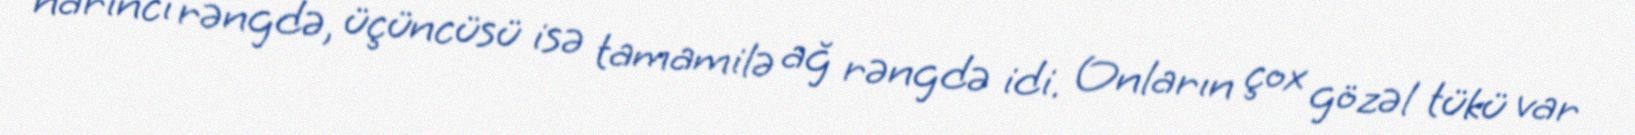
narıncı rəngdə, üçüncüsü isə tamamilə ağ rəngdə idi. Onların çox gözəl tükü var